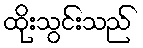
ထိုးသွင်းသည်